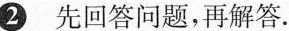
2 先回答问题，再解答.